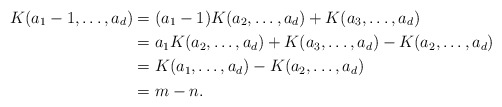
\begin{align*} K(a_1-1,\ldots,a_d) &= (a_1-1)K(a_2,\ldots,a_d)+K(a_3,\ldots,a_d)\\ &= a_1K(a_2,\ldots,a_d)+K(a_3,\ldots,a_d)-K(a_2,\ldots,a_d)\\ &= K(a_1,\ldots,a_d)-K(a_2,\ldots,a_d)\\ &=m-n.\end{align*}